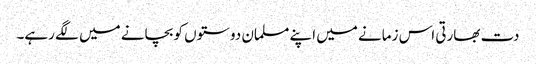
دت بھارتی اس زمانے میں اپنے مسلمان دوستوں کو بچانے میں لگے رہے۔